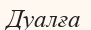
Дуалға